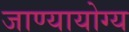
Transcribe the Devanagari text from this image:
जाण्यायोग्य